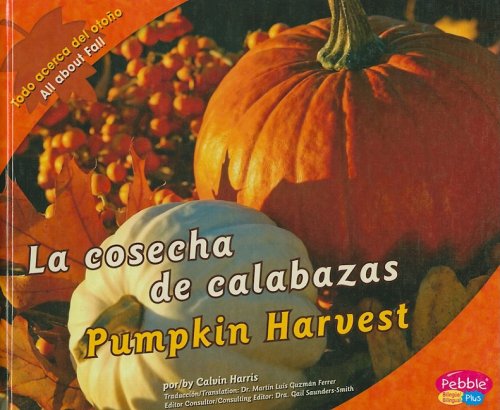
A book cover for La cosecha de calabazas/Pumpkin Harvest (Todo acerca del otoÃ±o/All about Fall) (Multilingual Edition); Harris Calvin; Children's Books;